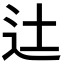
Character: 𨑒